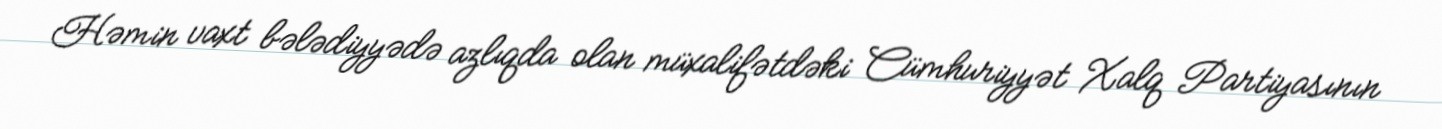
Həmin vaxt bələdiyyədə azlıqda olan müxalifətdəki Cümhuriyyət Xalq Partiyasının